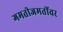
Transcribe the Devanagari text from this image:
गमतीजमतींवर